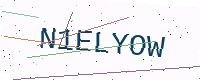
Text: N1ELYOW